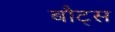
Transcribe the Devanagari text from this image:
बौट्स